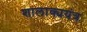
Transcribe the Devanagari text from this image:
शालाक्ययंत्र